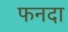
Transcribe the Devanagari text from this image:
फनदा